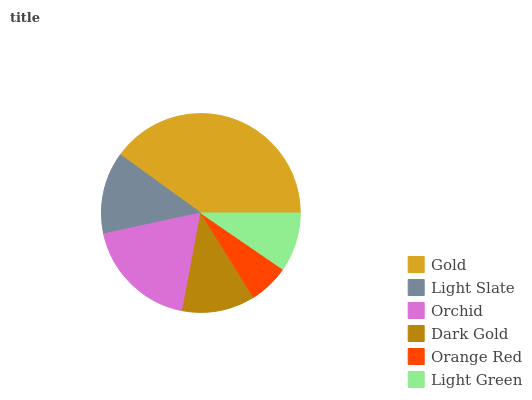
| Gold | Light Slate | Orchid | Dark Gold | Orange Red | Light Green |
 | --- | --- | --- | --- | --- | --- |
 | 40.1% | 13.3% | 18.6% | 11.9% | 6.52% | 9.58% |